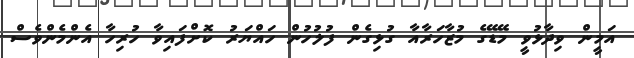
އަމީން ވިދާޅުވީ މޭޑޭގެ މުޒާހަރާއާ ގުޅިގެން ފުލުހުން ހައްޔަރު ކޮށްފައިވާ ހުރިހާ އެންމެންވެސް